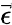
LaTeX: \vec{\epsilon}